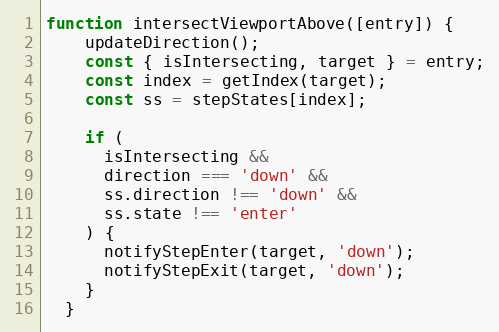
Language: JavaScript
function intersectViewportAbove([entry]) {
    updateDirection();
    const { isIntersecting, target } = entry;
    const index = getIndex(target);
    const ss = stepStates[index];

    if (
      isIntersecting &&
      direction === 'down' &&
      ss.direction !== 'down' &&
      ss.state !== 'enter'
    ) {
      notifyStepEnter(target, 'down');
      notifyStepExit(target, 'down');
    }
  }